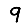
Digit: 9